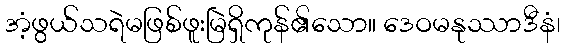
အံ့ဖွယ်သရဲမဖြစ်ဖူးမြဲရှိကုန်၏သော။ ဒေဝမနုဿာဒီနံ၊